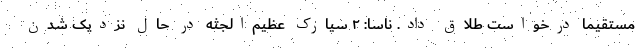
مستقیماً درخواست طلاق داد. ناسا: ۲ سیارک عظیم‌الجثه در حال نزدیک شدن